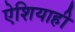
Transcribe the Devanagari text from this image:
ऐशियाही